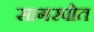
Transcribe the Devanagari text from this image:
सागरपोत